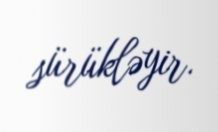
sürükləyir.